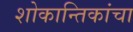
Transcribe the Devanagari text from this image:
शोकान्तिकांचा